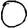
Digit: 0